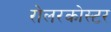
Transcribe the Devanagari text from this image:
रोलरकोस्टर